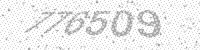
Solution: 776509